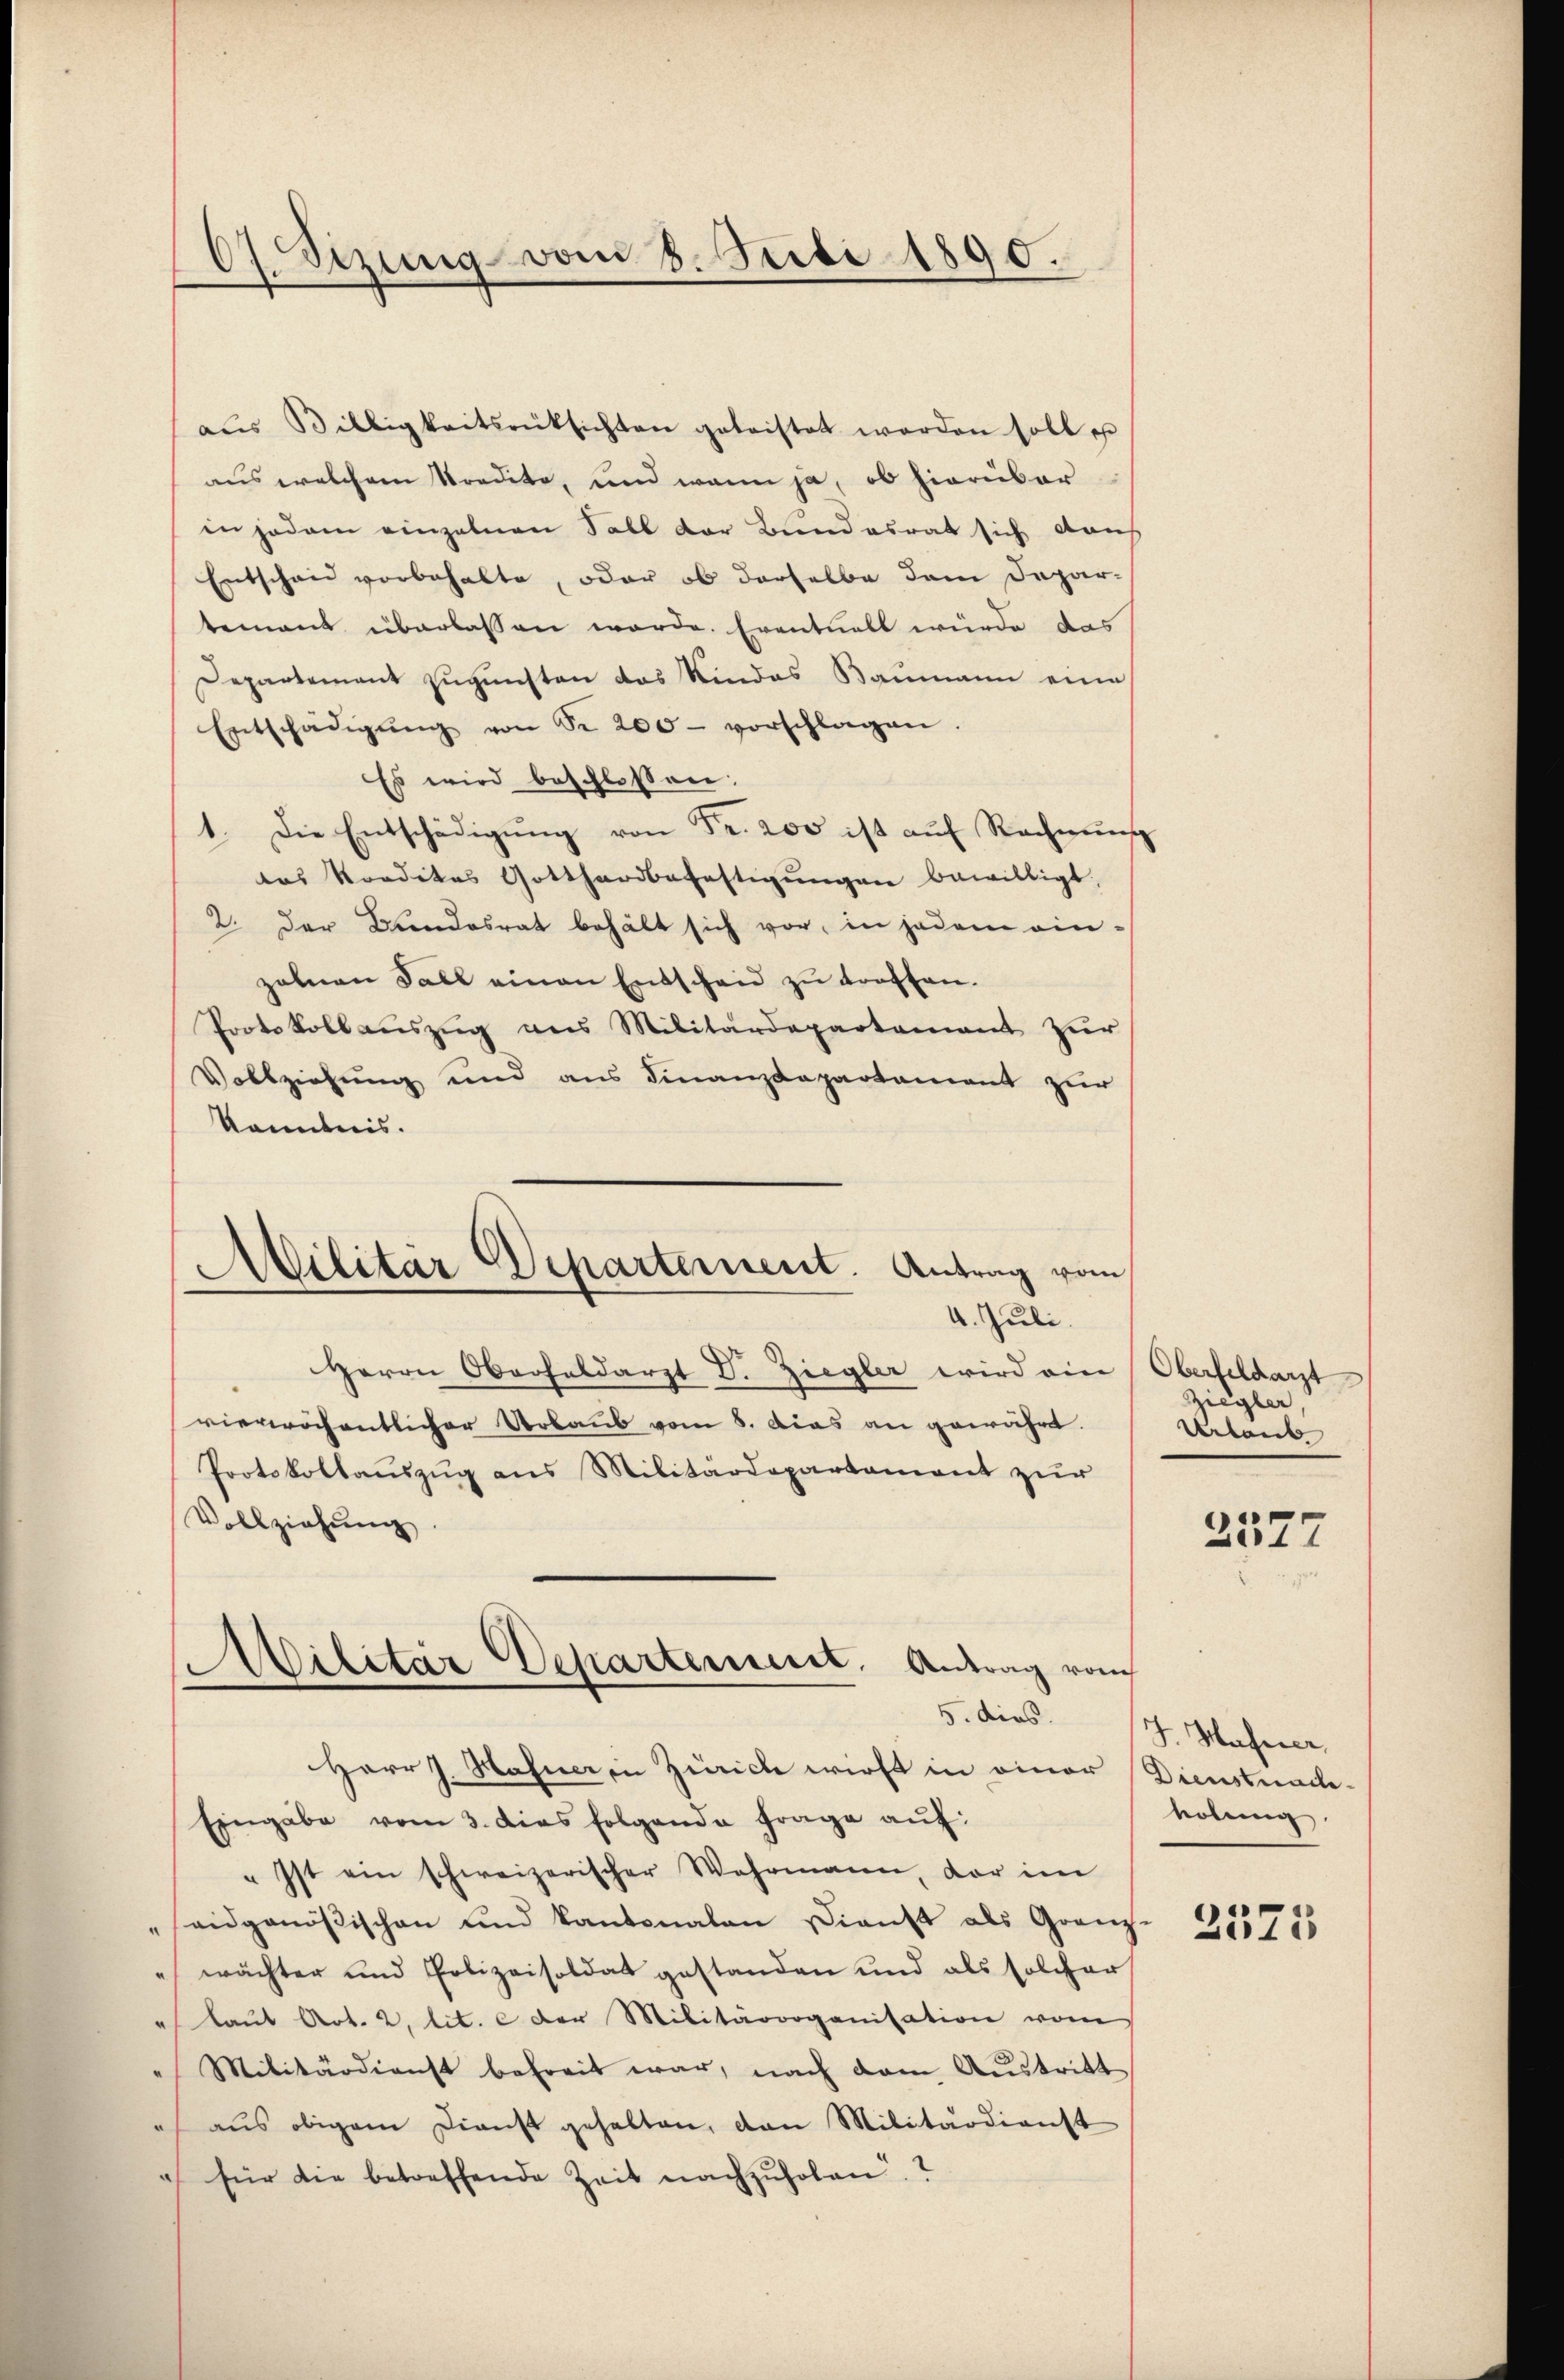
67. Sitzung vom 8. Stibi 1890.

Militär Departement. Antrag vom
4. Juli.

aŭs Billigkeitsrüksichten geleistet worden soll u
aus welchem Kredite, und wenn ja, ob hierüber
in jedem einzelnen Soll der Bundesrat sich dach
Entschen vorbehalte, oder ob derselbe dem Departement überlassen worde. Eventuell würde das
Departement zugunsten das Kindes Baumann eine
Entschädigŭng von Sr. 200 - vorschlagen.
Es wird beschlossen:
1. Die Entschädigŭng von Fr. 200 ist aŭf Rechnŭng
das Kondites Gotthardbefestigŭngen bewilligt.
2. Der Bundesrat behält sich vor, in jedem einzahnen Fall einen Entscheid zu treffen.
Protokollauszug aus Militärdepartamant zur
Vollziehung und aus Finanzdepartament zŭr
känntnis.
Herrn Oberfeldarzt D. Ziegler wird ein Oberfeldarzt
vierröchentlicher Urlaub vom 8. Dies an gewährt.
Protokollaŭszŭg ans Militärdepartament zŭr
Vollziehung
Militär Departement. Antrag vom
Herr J. Hafner in Zürich wirst in einer
Eingabe vom 3. dies folgende Frage auf:
" Ist ein schweizerischer Wahrmann, der im
eidgenößischen und Kantonalen Dienst als Granz-
wächter und Polizeisoldat gestanden und als solcher
laŭt Art. 2, lit. c der Militärorganisation vom
Militärdienst befreit war, nach dem Austritt
aŭs obigem Dienst gehalten, dan Militärdienst
 für die betreffende Zeit nachzuholen.

Ziegler,
Urlaub

2577

5. Dies 7. Mährer
Dienstnaclevolung.

2575